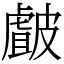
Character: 皻